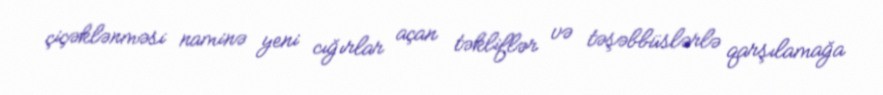
çiçəklənməsi naminə yeni cığırlar açan təkliflər və təşəbbüslərlə qarşılamağa